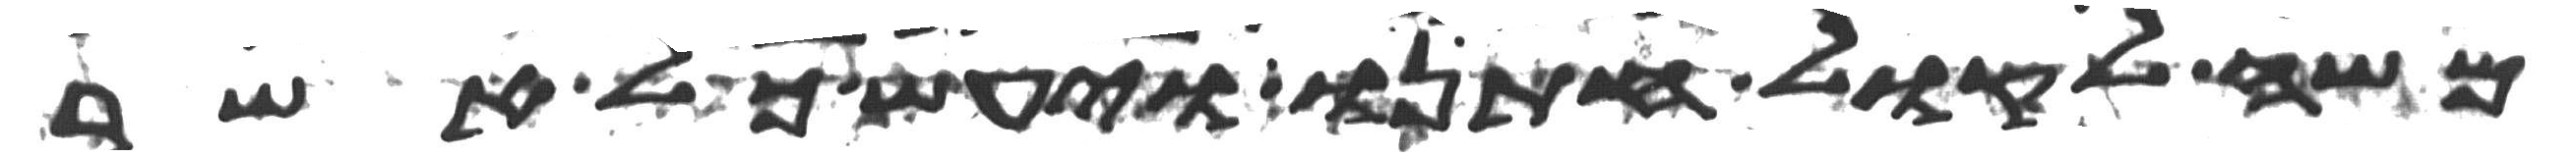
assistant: משה לקול חתנו ויעש כל אשר